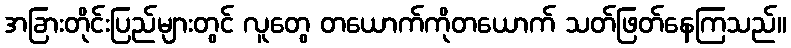
အခြားတိုင်းပြည်များတွင် လူတွေ တယောက်ကိုတယောက် သတ်ဖြတ်နေကြသည်။